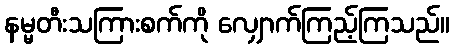
နမ္မတီးသကြားစက်ကို လျှောက်ကြည့်ကြသည်။